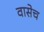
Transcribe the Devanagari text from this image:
वासेच